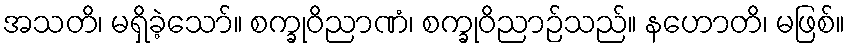
အသတိ၊ မရှိခဲ့သော်။ စက္ခုဝိညာဏံ၊ စက္ခုဝိညာဉ်သည်။ နဟောတိ၊ မဖြစ်။